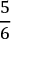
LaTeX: \frac { 5 } { 6 }